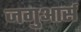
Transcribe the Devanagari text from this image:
जगुआर्स